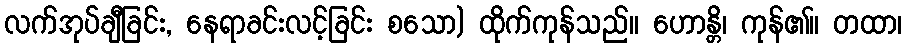
လက်အုပ်ချီခြင်း, နေရာခင်းလင့်ခြင်း စသော) ထိုက်ကုန်သည်။ ဟောန္တိ၊ ကုန်၏။ တထာ၊